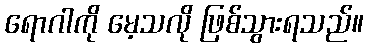
ရောဂါကို မေ့သလို ဖြစ်သွားရသည်။